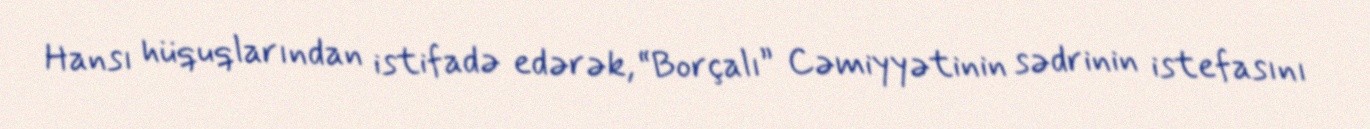
Hansı hüquqlarından istifadə edərək, “Borçalı” Cəmiyyətinin sədrinin istefasını